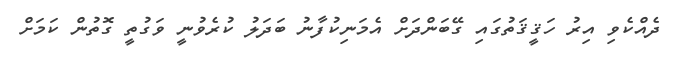
ދެއްކެވި އިރު ހަޤީޤަތުގައި ގޭބަންދަށް އެމަނިކުފާނު ބަދަލު ކުރެވުނީ ވަގުތީ ގޮތުން ކަމަށް